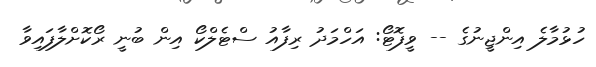
ހުޅުމާލެ އިންޖީނުގެ -- ވީފޮޓޯ: އަހްމަދު ރިފާއު ސްޓެލްކޯ އިން ބުނީ ރޯކޮށްލާފައިވާ